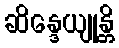
ဆိန္ဒေယျုန္တိ